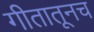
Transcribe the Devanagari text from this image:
गीतातूनच